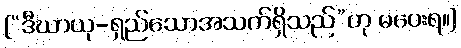
[“ဒီဃာယု-ရှည်သောအသက်ရှိသည်”ဟု မပေးရ။]